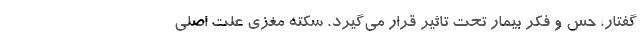
گفتار، حس و فکر بیمار تحت تاثیر قرار می‌گیرد. سکته مغزی علت اصلی